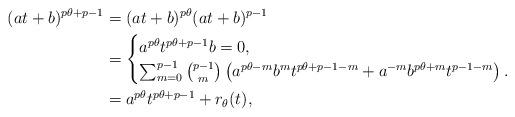
LaTeX: \begin{align*}(at+b)^{p\theta+p-1} & = (at+b)^{p\theta}(at+b)^{p-1} \\& = \begin{cases} a^{p\theta}t^{p\theta+p-1} b=0, \\ \sum_{m=0}^{p-1}\binom{p-1}{m}\left( a^{p\theta-m} b^m t^{p\theta+p-1-m} + a^{-m}b^{p\theta+m}t^{p-1-m} \right). \end{cases} \\& = a^{p\theta}t^{p\theta+p-1} + r_{\theta}(t),\end{align*}